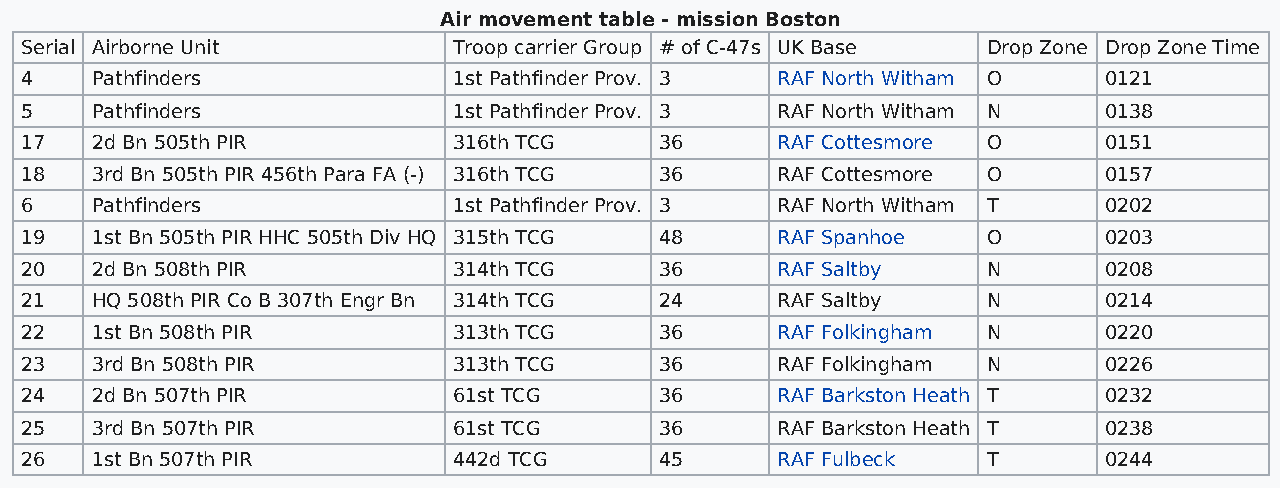
Air movement table - mission Boston
 Serial Airborne Unit         Troop carrier Group # of C-47s UK Base Drop Zone Drop Zone Time
 4    Pathfinders             1st Pathfinder Prov. 3 RAF North Witham O  0121
 5    Pathfinders             1st Pathfinder Prov. 3 RAF North Witham N  0138
 17   2d Bn 505th PIR         316th TCG     36     RAF Cottesmore O      0151
 18   3rd Bn 505th PIR 456th Para FA (-) 316th TCG 36 RAF Cottesmore O   0157
 6    Pathfinders             1st Pathfinder Prov. 3 RAF North Witham T  0202
 19   1st Bn 505th PIR HHC 505th Div HQ 315th TCG 48 RAF Spanhoe O       0203
 20   2d Bn 508th PIR         314th TCG     36     RAF Saltby    N       0208
 21   HQ 508th PIR Co B 307th Engr Bn 314th TCG 24 RAF Saltby    N       0214
 22   1st Bn 508th PIR        313th TCG     36     RAF Folkingham N      0220
 23   3rd Bn 508th PIR        313th TCG     36     RAF Folkingham N      0226
 24   2d Bn 507th PIR         61st TCG      36     RAF Barkston Heath T  0232
 25   3rd Bn 507th PIR        61st TCG      36     RAF Barkston Heath T  0238
 26   1st Bn 507th PIR        442d TCG      45     RAF Fulbeck   T       0244